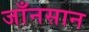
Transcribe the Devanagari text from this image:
जाँनसान